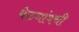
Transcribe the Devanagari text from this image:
बेळगांवची